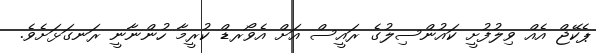
ޕެކޭޖް އެއް ވިލުފުށީ ކައުންސިލުގެ ރައީސް އަށް އެވޯރޑް ކުރީމާ ހުންނާނީ ރަނގަޅަށެވެ.